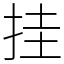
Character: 挂